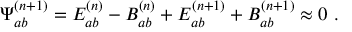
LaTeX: { \Psi } _ { a b } ^ { ( n + 1 ) } = E _ { a b } ^ { ( n ) } - B _ { a b } ^ { ( n ) } + E _ { a b } ^ { ( n + 1 ) } + B _ { a b } ^ { ( n + 1 ) } \approx 0 \ .